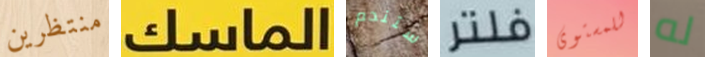
منتظرين الماسك ستندم فلتر للمستوى له